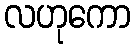
လဟုကော